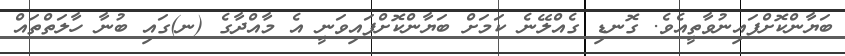
ބަޔާންކޮށްފައިނުވާތީއެވެ. ގޮނޑި ގެއްލޭނެ ކަމަށް ބަޔާންކޮށްފައިވަނީ އެ މާއްދާގެ (ނ)ގައި ބުނާ ހާލަތްތައް